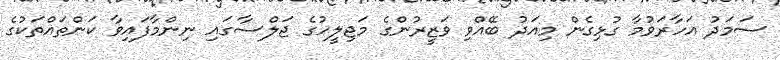
ސަމަދު އަހާރަވުމާ ގުޅިގެން މިއަދު ބޭއްވި ވަޒީރުންގެ މަޖިލީހުގެ ޖަލްސާގައި ނިންމާފައިވާ ކަންތައްތަކުގެ